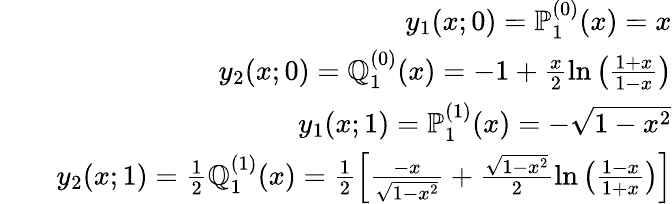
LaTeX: \begin{array}{rlr}&{}&{y_{1}(x;0)=\mathbb{P}_{1}^{(0)}(x)=x}\\ &{}&{y_{2}(x;0)=\mathbb{Q}_{1}^{(0)}(x)=-1+\frac{x}{2}\ln\left(\frac{1+x}{1-x}\right)}\\ &{}&{y_{1}(x;1)=\mathbb{P}_{1}^{(1)}(x)=-\sqrt{1-x^{2}}}\\ &{}&{y_{2}(x;1)=\frac{1}{2}\mathbb{Q}_{1}^{(1)}(x)=\frac{1}{2}\left[\frac{-x}{\sqrt{1-x^{2}}}+\frac{\sqrt{1-x^{2}}}{2}\ln\left(\frac{1-x}{1+x}\right)\right]}\end{array}